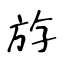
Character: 斿